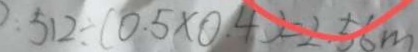
: 5 1 2 \div ( 0 . 5 \times 0 . 4 ) = 2 . 5 6 m